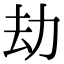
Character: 劫